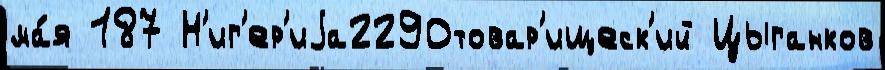
ма́я 187 Н'иг'ер'иjа2290товар'ищеск'ий Цыганков